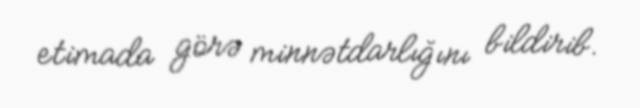
etimada görə minnətdarlığını bildirib.